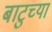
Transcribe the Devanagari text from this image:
बाटुच्या